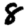
Digit: 8